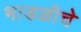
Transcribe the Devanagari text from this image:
भाडळीचे